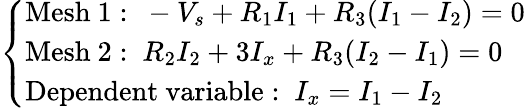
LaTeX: {\left\{ \begin{array}{ll}{{\mathrm{Mesh~1:~}}-V_{s}+R_{1}I_{1}+R_{3}(I_{1}-I_{2})=0}\\ {{\mathrm{Mesh~2:~}}R_{2}I_{2}+3I_{x}+R_{3}(I_{2}-I_{1})=0}\\ {{\mathrm{Dependent~variable:~}}I_{x}=I_{1}-I_{2}}\end{array}\right.}